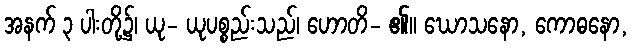
အနက် ၃ ပါးတို့၌၊ ယု- ယုပစ္စည်းသည်၊ ဟောတိ- ၏။ ဃောသနော, ကောဓနော,